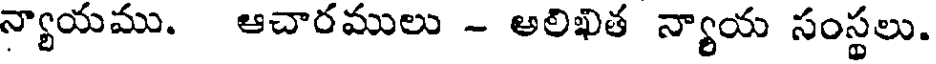
న్యాయము. ఆచారములు - అలిఖిత న్యాయ సంస్థలు.